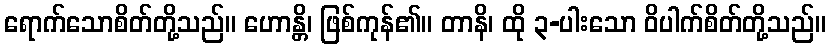
ရောက်သောစိတ်တို့သည်။ ဟောန္တိ၊ ဖြစ်ကုန်၏။ တာနိ၊ ထို ၃-ပါးသော ဝိပါက်စိတ်တို့သည်။